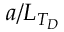
a / L _ { T _ { D } }